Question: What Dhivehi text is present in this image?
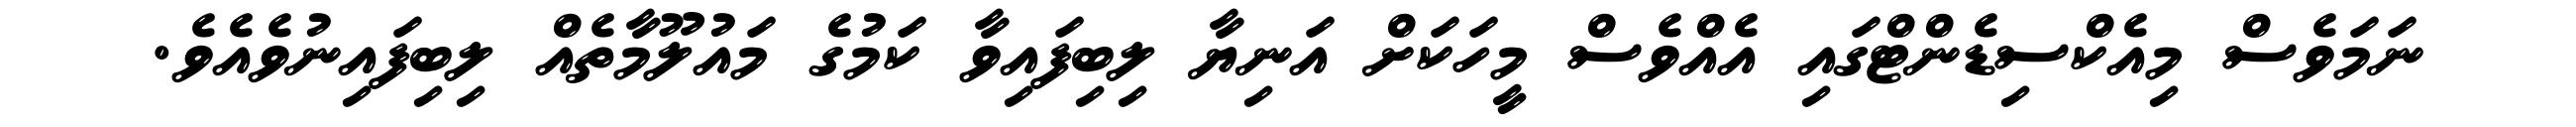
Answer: ނަމަވެސް މިއެކްސިޑެންޓްގައި އެއްވެސް މީހަކަށް އަނިޔާ ލިބިފައިވާ ކަމުގެ މައުލޫމާތެއް ލިބިފައިނުވެއެވެ.